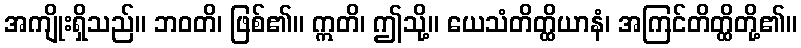
အကျိုးရှိသည်။ ဘဝတိ၊ ဖြစ်၏။ ဣတိ၊ ဤသို့။ ယေသံတိတ္ထိယာနံ၊ အကြင်တိတ္ထိတို့၏။